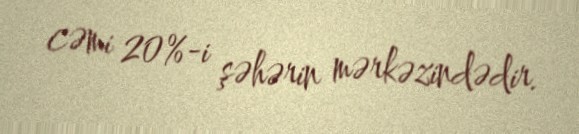
cəmi 20%-i şəhərin mərkəzindədir.